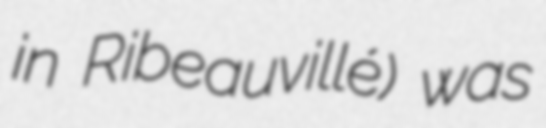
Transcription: in Ribeauvillé) was